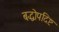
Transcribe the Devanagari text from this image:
बद्धोपदिष्ट